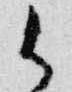
御